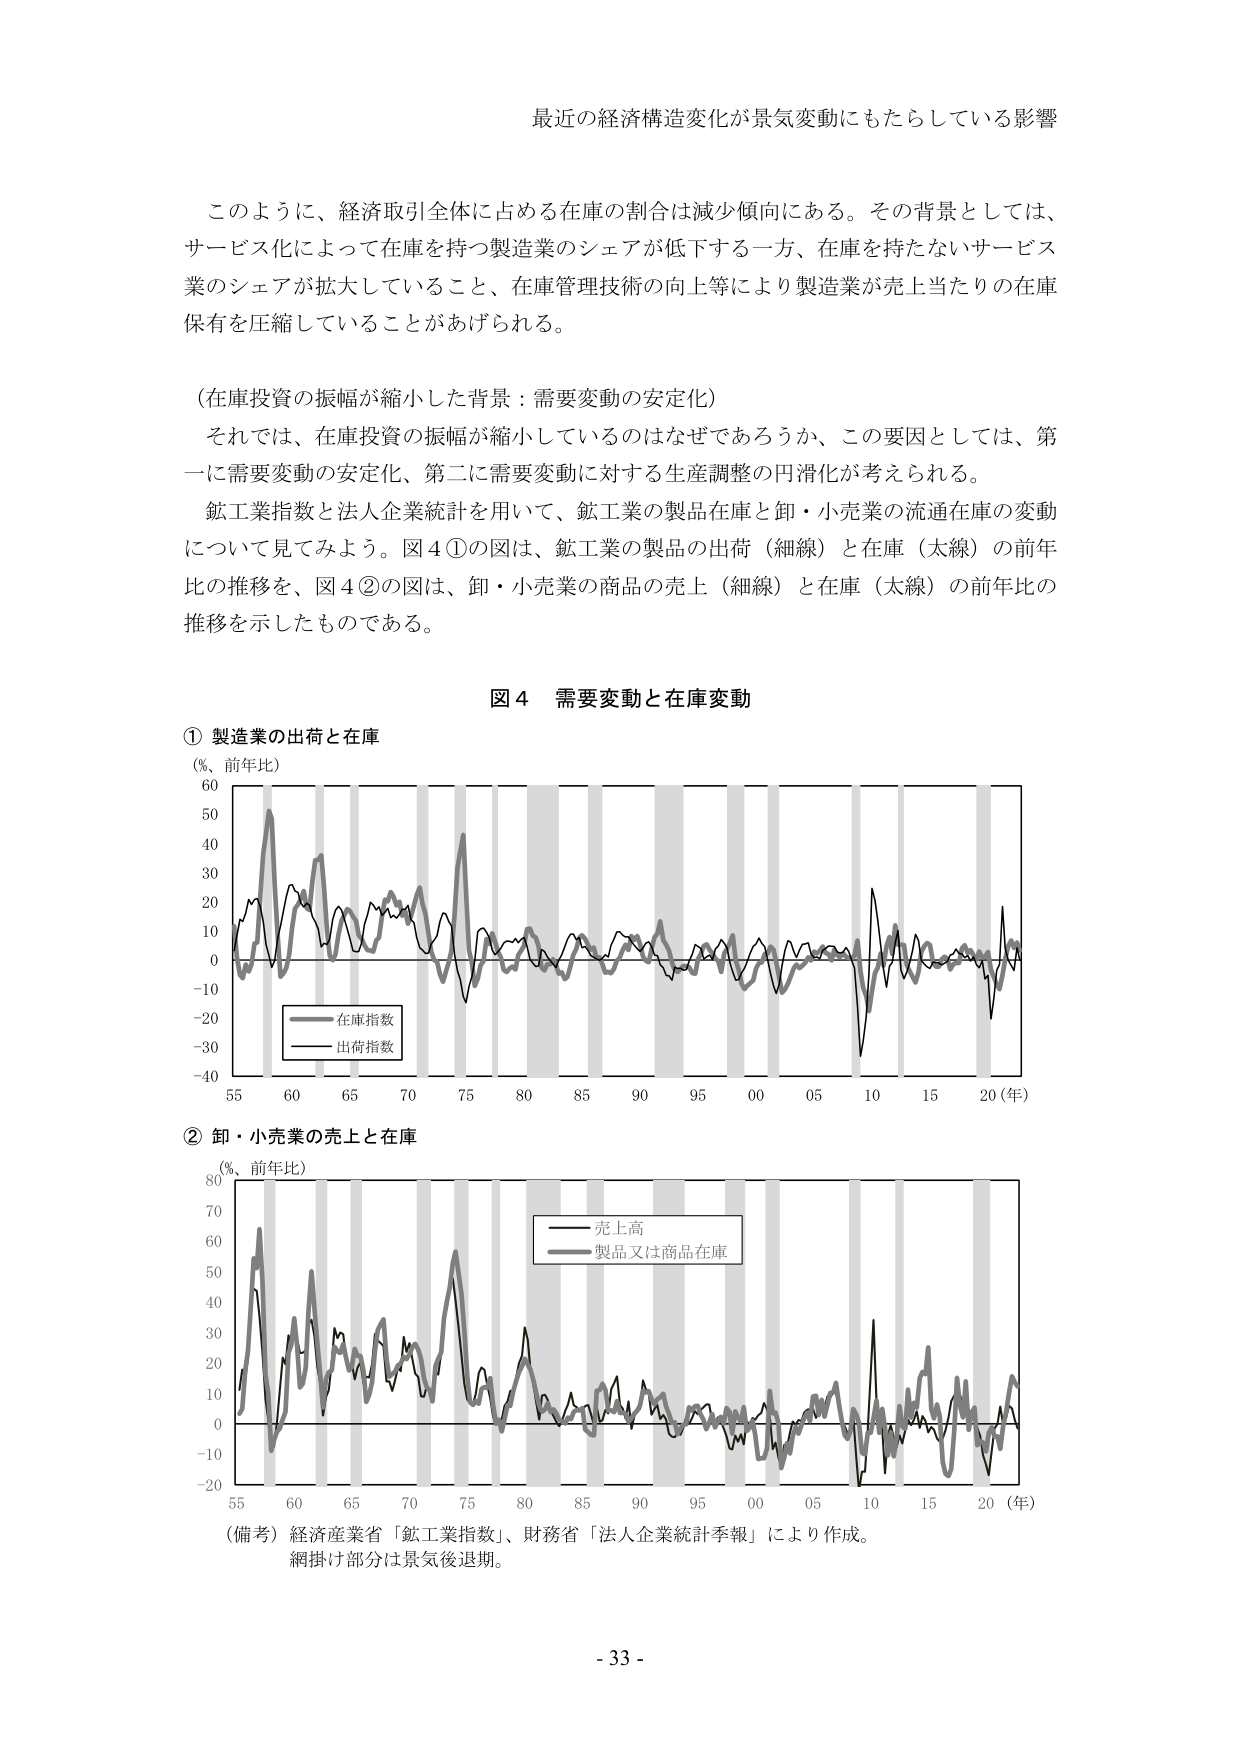
最近の経済構造変化が景気変動にもたらしている影響

このように、経済取引全体に占める在庫の割合は減少傾向にある。その背景としては、サービス化によって在庫を持つ製造業のシェアが低下する一方、在庫を持たないサービス業のシェアが拡大していること、在庫管理技術の向上等により製造業が売上当たりの在庫保有を圧縮していることがあげられる。

（在庫投資の振幅が縮小した背景：需要変動の安定化）
それでは、在庫投資の振幅が縮小しているのはなぜであろうか、この要因としては、第一に需要変動の安定化、第二に需要変動に対する生産調整の円滑化が考えられる。
鉱工業指数と法人企業統計を用いて、鉱工業の製品在庫と卸・小売業の流通在庫の変動について見てみよう。図4①の図は、鉱工業の製品の出荷（細線）と在庫（太線）の前年比の推移を、図4②の図は、卸・小売業の商品の売上（細線）と在庫（太線）の前年比の推移を示したものである。

図4 需要変動と在庫変動

① 製造業の出荷と在庫
（%、前年比）
在庫指数
出荷指数
55 60 65 70 75 80 85 90 95 00 05 10 15 20（年）

② 卸・小売業の売上と在庫
（%、前年比）
売上高
製品又は商品在庫
55 60 65 70 75 80 85 90 95 00 05 10 15 20（年）

（備考）経済産業省「鉱工業指数」、財務省「法人企業統計季報」により作成。
網掛け部分は景気後退期。

- 33 -